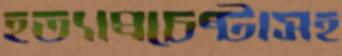
হত্যাপ্রচেষ্টাসহ